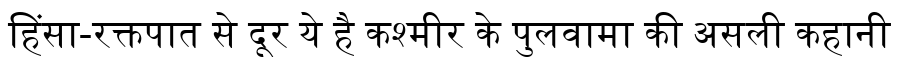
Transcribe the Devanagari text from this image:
हिंसा-रक्तपात से दूर ये है कश्मीर के पुलवामा की असली कहानी